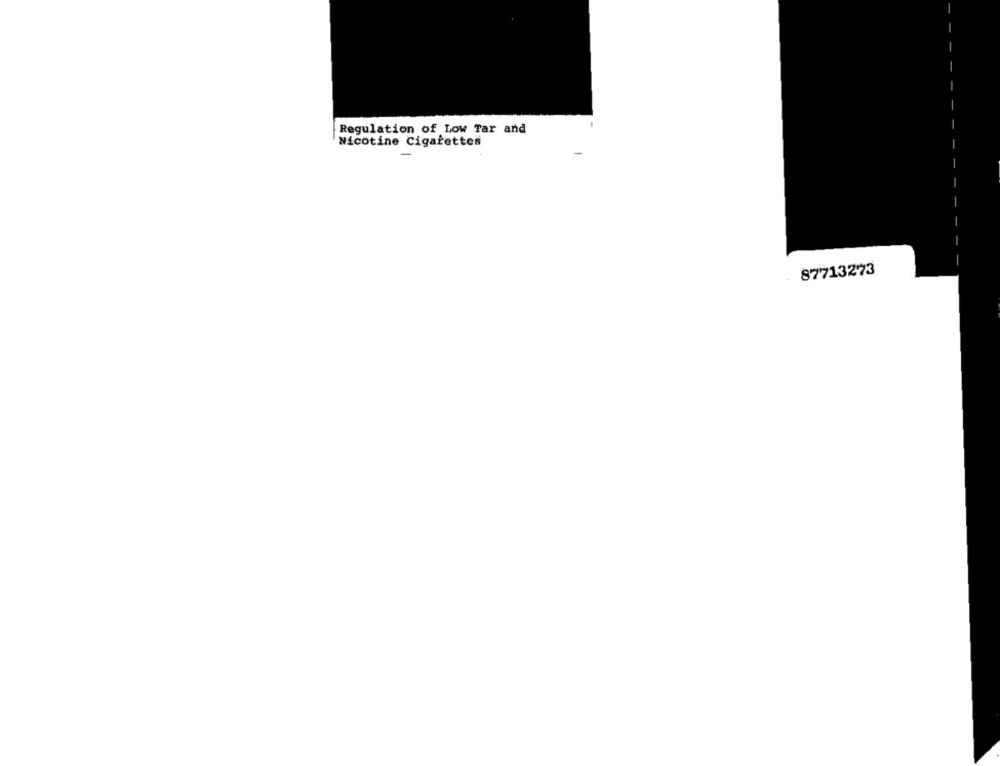
Regulation of Low Tar and
Nicotine Cigarettes
87713273